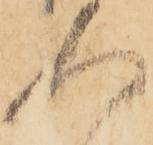
人